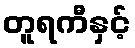
တူရကီနှင့်